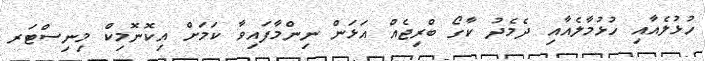
ހުޅުލެއާއި ހުޅުމާލެއާއި ދެމެދު ކާގޯ ބްރިޖެއް އަޅަން ނިންމާފައިވާ ކަމަށް އިކޮނޮމިކް މިނިސްޓަރ